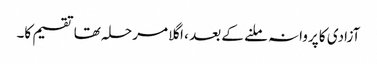
آزادی کا پروانہ ملنے کے بعد ، اگلا مرحلہ تھا تقسیم کا۔